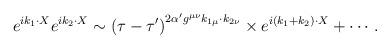
LaTeX: \begin{align*}e^{ik_{1}\cdot X}e^{ik_{2}\cdot X}\sim \left( \tau -\tau '\right) ^{2\alpha 'g^{\mu \nu }k_{1\mu }\cdot k_{2\nu }}\times e^{i\left( k_{1}+k_{2}\right) \cdot X}+\cdots .\end{align*}